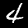
Digit: 4